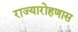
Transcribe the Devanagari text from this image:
राज्यारोहणास